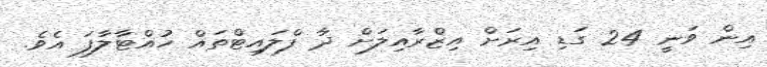
އިން ވަނީ 24 ގަޑި އިރަށް އިޒްރާއިލަށް ދާ ފްލައިޓްތައް ހުއްޓާލާފަ އެވެ.